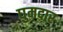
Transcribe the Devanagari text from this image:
घुमदार